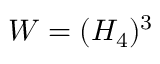
W = ( H _ { 4 } ) ^ { 3 }